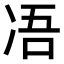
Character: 𠗐